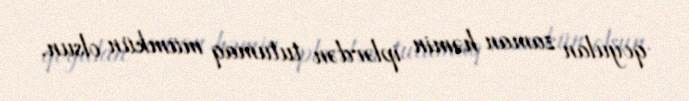
qoyulan zaman həmin iplərdən tutumaq mümkün olsun.